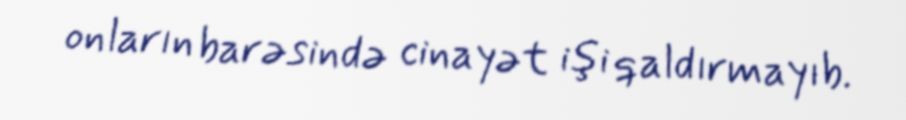
onların barəsində cinayət işi qaldırmayıb.